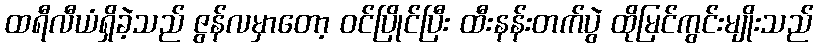
ထရီလီယံရှိခဲ့သည် ဇွန်လမှာတော့ ဝင်ပြိုင်ပြီး ထီးနန်းတက်ပွဲ ထိုမြင်ကွင်းမျိုးသည်